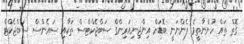
ގޮތް ތައް ހުންނާތީވެ ފެންނަނީ ބޮޑަށް އިންޖިނިއަރިންގް ސަބްޖެކްޓްސް ތަކާއި ސައެންސް ސަބްޖެކްޓް